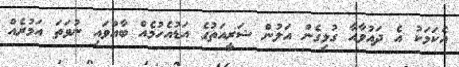
އެކަމަކު އެ ދައުވާއާ ގުޅިގެން އަލުން ޝަރީއަތުގެ އަޑުއެހުމެއް ބާއްވައި ނުވަތަ އަމުރެއް